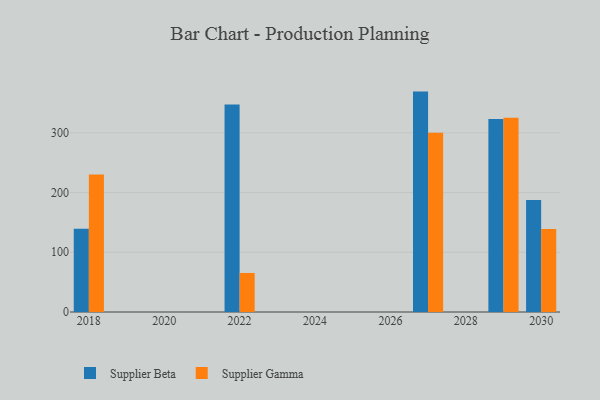
{"axis": {"x": "Year", "y": "Production Output"}, "legend": ["Supplier Beta", "Supplier Gamma"], "data": [{"x": "2022", "y": 347.6, "type": "Supplier Beta"}, {"x": "2022", "y": 65.4, "type": "Supplier Gamma"}, {"x": "2027", "y": 369.1, "type": "Supplier Beta"}, {"x": "2027", "y": 300.1, "type": "Supplier Gamma"}, {"x": "2030", "y": 187.5, "type": "Supplier Beta"}, {"x": "2030", "y": 138.8, "type": "Supplier Gamma"}, {"x": "2018", "y": 139.6, "type": "Supplier Beta"}, {"x": "2018", "y": 230.2, "type": "Supplier Gamma"}, {"x": "2029", "y": 323.3, "type": "Supplier Beta"}, {"x": "2029", "y": 325.3, "type": "Supplier Gamma"}]}